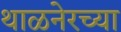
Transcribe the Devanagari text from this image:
थाळनेरच्या